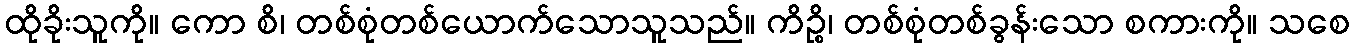
ထိုခိုးသူကို။ ကော စိ၊ တစ်စုံတစ်ယောက်သောသူသည်။ ကိဉ္စိ၊ တစ်စုံတစ်ခွန်းသော စကားကို။ သစေ